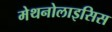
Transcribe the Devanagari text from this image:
मेथनोलाइसिस